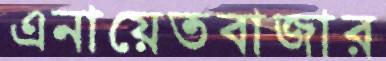
এনায়েতবাজার